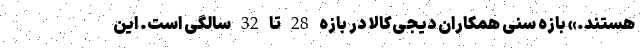
هستند.» بازه سنی همکاران دیجی‌کالا در بازه 28 تا 32 سالگی است. این